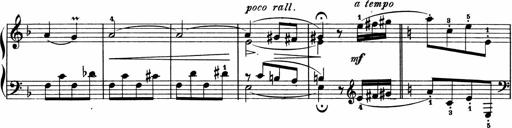
Title: 2 Sonatinen
Composer: Lambertus Adrianus van Tetterode